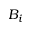
B _ { i }